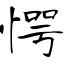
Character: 愕